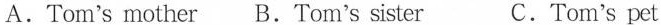
A.Tom's mother B.Tom's sister C.Tom's pet